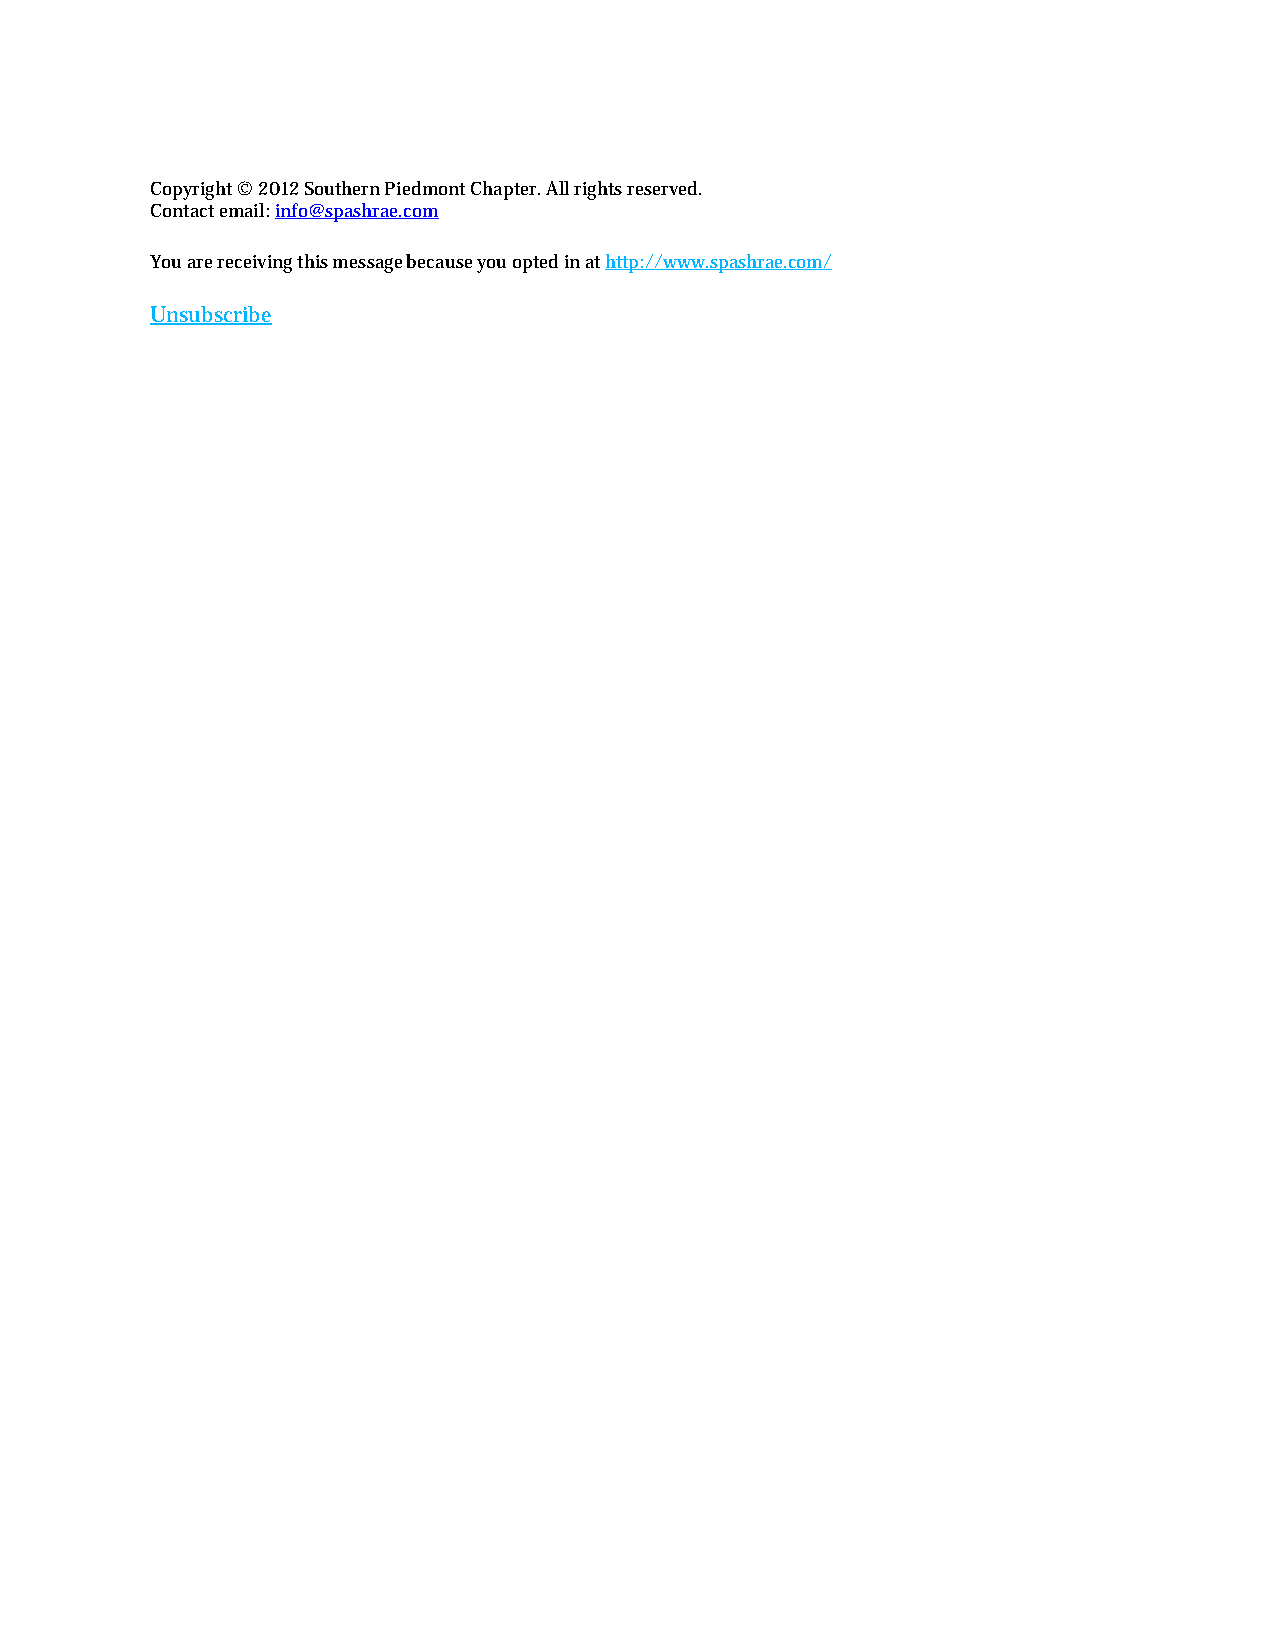
Copyright © 2012 Southern Piedmont Chapter. All rights reserved.
 Contact email: info@spashrae.com
 You are receiving this message because you opted in at http://www.spashrae.com/
 Unsubscribe